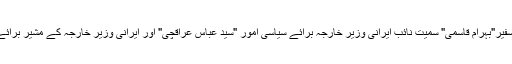
اس ملاقات میں فرانس میں تعینات ایرانی سفیر"بہرام قاسمی" سمیت نائب ایرانی وزیر خارجہ برائے سیاسی امور "سید عباس عراقچی" اور ایرانی وزیر خارجہ کے مشیر برائے یورپی امور "بریمانی" بھی شریک تھے۔